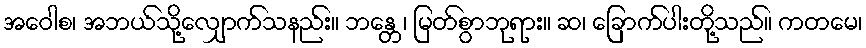
အဝေါစ၊ အဘယ်သို့လျှောက်သနည်း။ ဘန္တေ၊ မြတ်စွာဘုရား။ ဆ၊ ခြောက်ပါးတို့သည်။ ကတမေ၊